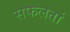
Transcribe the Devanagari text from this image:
सफलतां